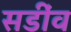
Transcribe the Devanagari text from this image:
सडींव